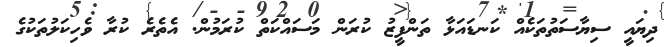
ދިޔައީ ސިޔާސަތުތަކެއް ކަނޑައަޅާ ތަންފީޒު ކުރަން މަސައްކަތް ކުރަމުން. އެތެރެ ކުރާ ވެހިކަލުތަކުގެ